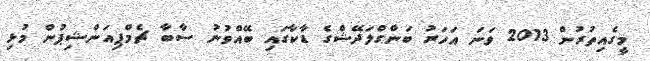
މީގެއިތުރުން 2013 ވަނަ އަހަރު ބަންގްލަދޭޝްގެ ޑާކާގައި ބޭއްވުނު ސާބާ ޗެމްޕިއަންޝިޕުން މުޅި